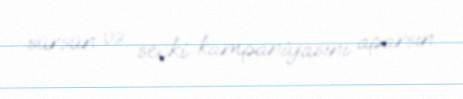
sürsün və seçki kampaniyasını aparsın.